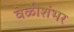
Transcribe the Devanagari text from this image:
वेळीशंभर